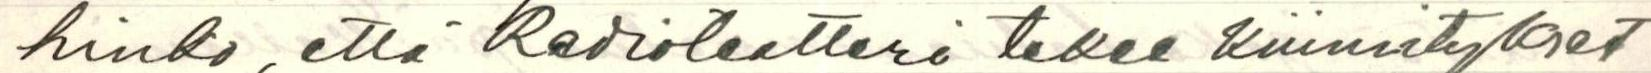
hinko, että Radioteatteri tekee kiinnitykset